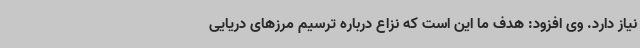
نیاز دارد. وی افزود: هدف ما این است که نزاع درباره ترسیم مرزهای دریایی